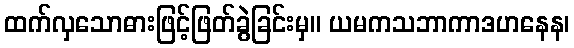
ထက်လှသောဓားဖြင့်ဖြတ်ခွဲခြင်းမှ။ ယမကသဘာကာဒဟနေန၊